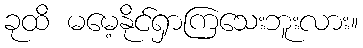
ခုထိ မမေ့နိုင်ရှာကြသေးဘူးလား။